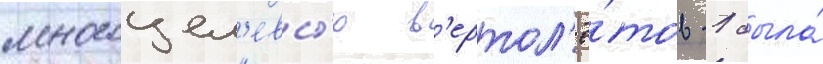
многоцел'евы́х в'ертол'ё́тов -1 была́